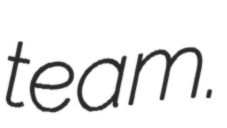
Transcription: team.